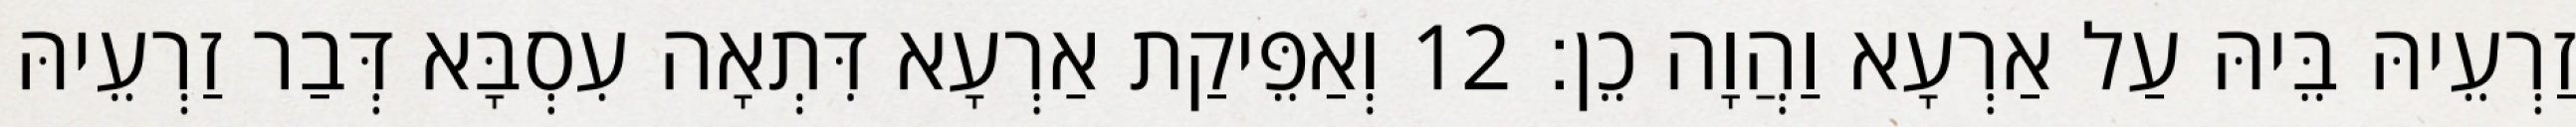
זַרְעֵיהּ בֵּיהּ עַל אַרְעָא וַהֲוָה כֵן׃ 12 וְאַפֵּיקַת אַרְעָא דִּתְאָה עִסְבָּא דְּבַר זַרְעֵיהּ